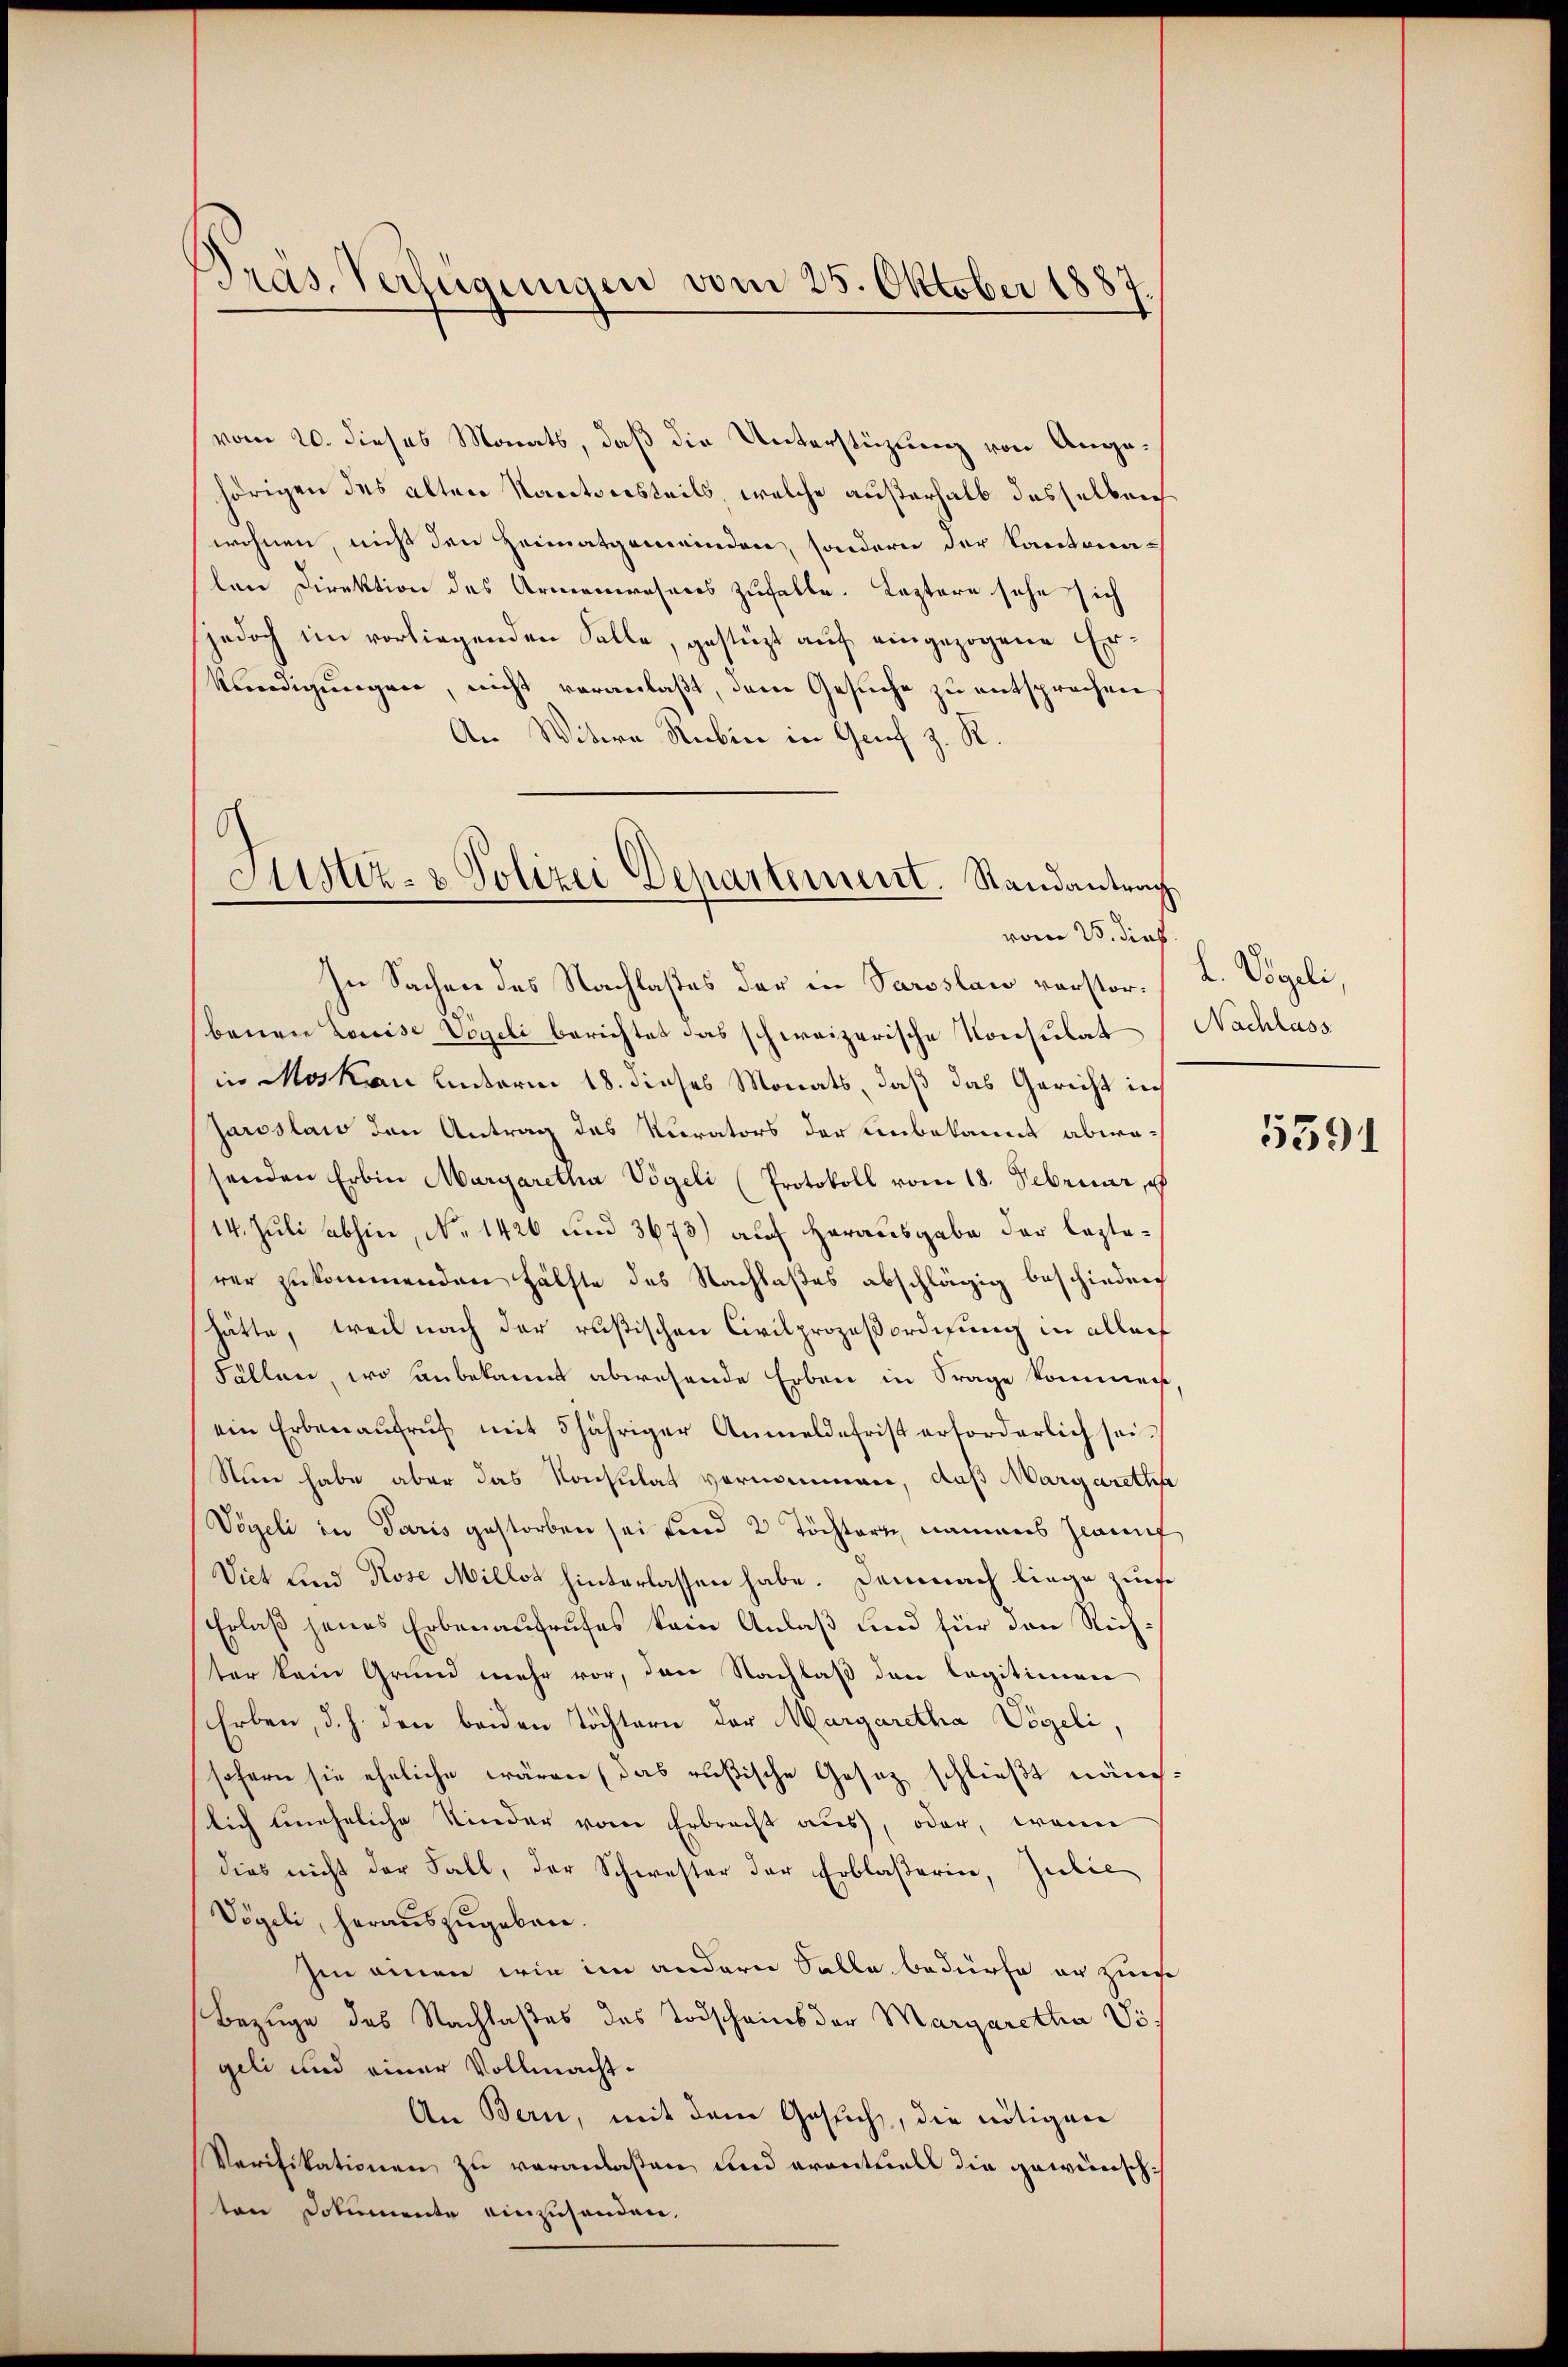
Bras. Verfügungen vom 25. Oktober 1887.

vom 20. dieses Monats, daß die Unterstüzung von Angehörigen des alten Kantonsteils, welche außerhalb desselben
wohnen, nicht den Heimatgemeinden, sondern der Kantonalen Direktion des Armenrosers zufalle. Leztere sehe sich
jedoch im vorliegenden Falle, gestüzt auf eingezogene Er¬
Kündigungen, nicht veranlaßt, dem Gesuche zu entsprochen
An Witwe Rubin in Genf z. R.
In Sachen des Nachlaßes der in Paroslaw verstorbenen Louise Vogeli berichtet das schweizerische Konsulat
in Moskau anderm 18. dieses Monats, daß das Gericht ih
Jaroslawo den Antrag des Kurators der Unbekannt abwesenden Erbin Margaretha Vögeli (Protokoll vom 18. Februar, et
14. Juli abhin, No 1426 und 3673) auf Herausgabe der lezterer zukommenden Hälfte des Nachlaßes abschlägig beschieden
hätte, teil nach der rusischen Civilprozeßordigung in aller
Fällen, wo anbekannt abwesende Erben in Frage kommen
ein Erbenaŭfrŭf mit 5 jähriger Anmeldefrist erforderlich sei.
Nun habe aber das Konsulat vernommen, daß Margaretha
Vögeli in Paris gestorben sei und 2 Töchtern namens Hauf
Viet Lind Kose Millot hinterlassen habe. Demnach liege zur
Erlaß jenes Erbenaufrufes kein Anlaß und für den Richter kein Grund mehr vor, den Nachlaß den legitimen
Erben, d. h. den beiden Töchtern der Margaretha Vögeli,
sofern sie eheliche wären (das rußische Gesetz schließt näme.
lich uneheliche Kinder vom Erbrecht aus, oder, wenn
dies nicht der Fall, der Schwester der Erblaserin, Judic
Vögeli, herauszugeben.
Im einen wie im andern Solle bedürfe er zuer
Bezüge des Nachlaßes des Todscheins der Margaretha Vögeli und einer Vollmacht¬
An Bern, mit dem Gesuch, die nötigen
Verifikationen zu veranlaßen und eventuell die gewünschten Dokumente einzusenden.

Justiz- & Polizei Departement. Randantrag
vom 25. dies

A. Vögeli,
Nachlass

5591